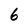
Character: 6